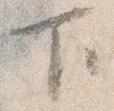
下